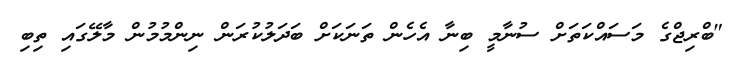
"ބްރިޖްގެ މަސައްކަތަށް ސުނާމީ ބިނާ އެހެން ތަނަކަށް ބަދަލުކުރަން ނިންމުމުން މާލޭގައި ތިބި